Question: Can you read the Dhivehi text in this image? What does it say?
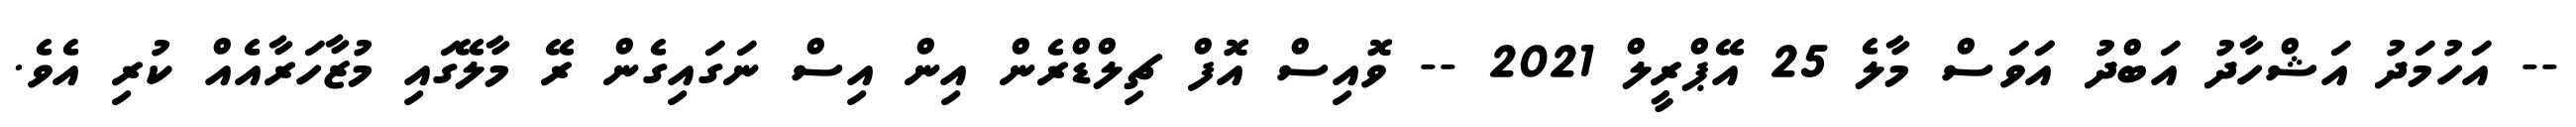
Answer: -- އަހުމަދު އަޝްހާދު އަބްދު އަަވަސް މާލެ 25 އޭޕްރީލް 2021 -- ވޮއިސް އޮފް ޗިލްޑްރެން އިން އިސް ނަގައިގެން ރޭ މާލޭގައި މުޒާހަރާއެއް ކުރި އެވެ.